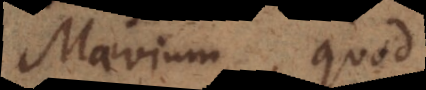
Maevium, quod